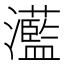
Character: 灆